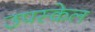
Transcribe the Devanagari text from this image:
उपस्केल